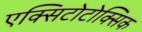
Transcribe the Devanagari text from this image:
एक्सिटोटोक्सिक